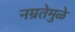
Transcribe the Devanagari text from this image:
नम्रतेमुळे